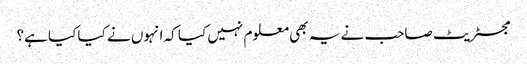
مجسٹریٹ صاحب نے یہ بھی معلوم نہیں کیا کہ انہوں نے کیا کیا ہے؟